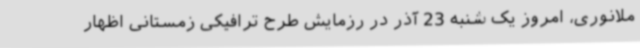
ملانوری، امروز یک شنبه 23 آذر در رزمایش طرح ترافیکی زمستانی اظهار